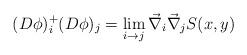
LaTeX: \begin{align*}(D\phi)_{i}^{+} (D\phi)_{j} = \lim_{i \rightarrow j} \vec{\nabla}_{i}\vec{\nabla}_{j} S(x,y)\end{align*}